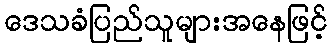
ဒေသခံပြည်သူများအနေဖြင့်